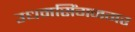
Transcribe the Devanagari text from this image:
उधमसिंगनगर